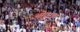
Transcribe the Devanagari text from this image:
ओट्टाडा